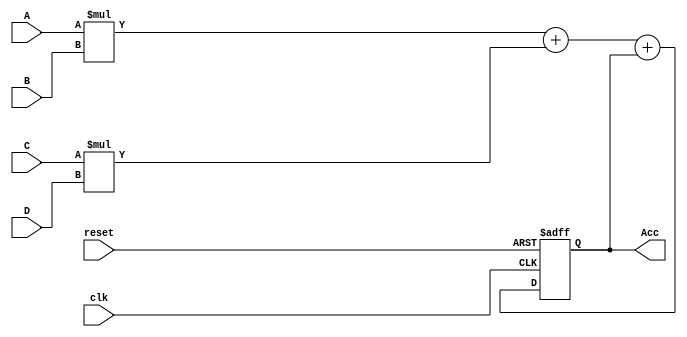
// Write RTL Verilog Code to implement Multiply Accumulator (MAC) architecture. The design implements the following:
//  =    +    + 
// The signals A, B, C, D and Acc are 8, 8, 8, 8 and 32-bit wide unsigned numbers respectively. Verify your logic using a stimulus.

module mac(A,
           B,
           C,
           D,
           clk,
           reset,
           Acc);
    
    input [7:0]A, B, C, D;
    input clk, reset;
    output [31:0] Acc;
    reg [31:0] Acc;
    
    always@(posedge clk, negedge reset)
    begin
        if (reset == 0)
            Acc <= 0;
        else
            Acc <= A * B + C * D + Acc;
    end
endmodule